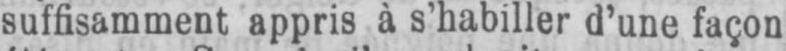
suffisamment appris à s’habiller d’une façon